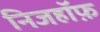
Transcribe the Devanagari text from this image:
निजहॉफ़